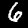
Digit: 6